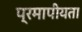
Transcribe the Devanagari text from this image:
प्रमापीयता